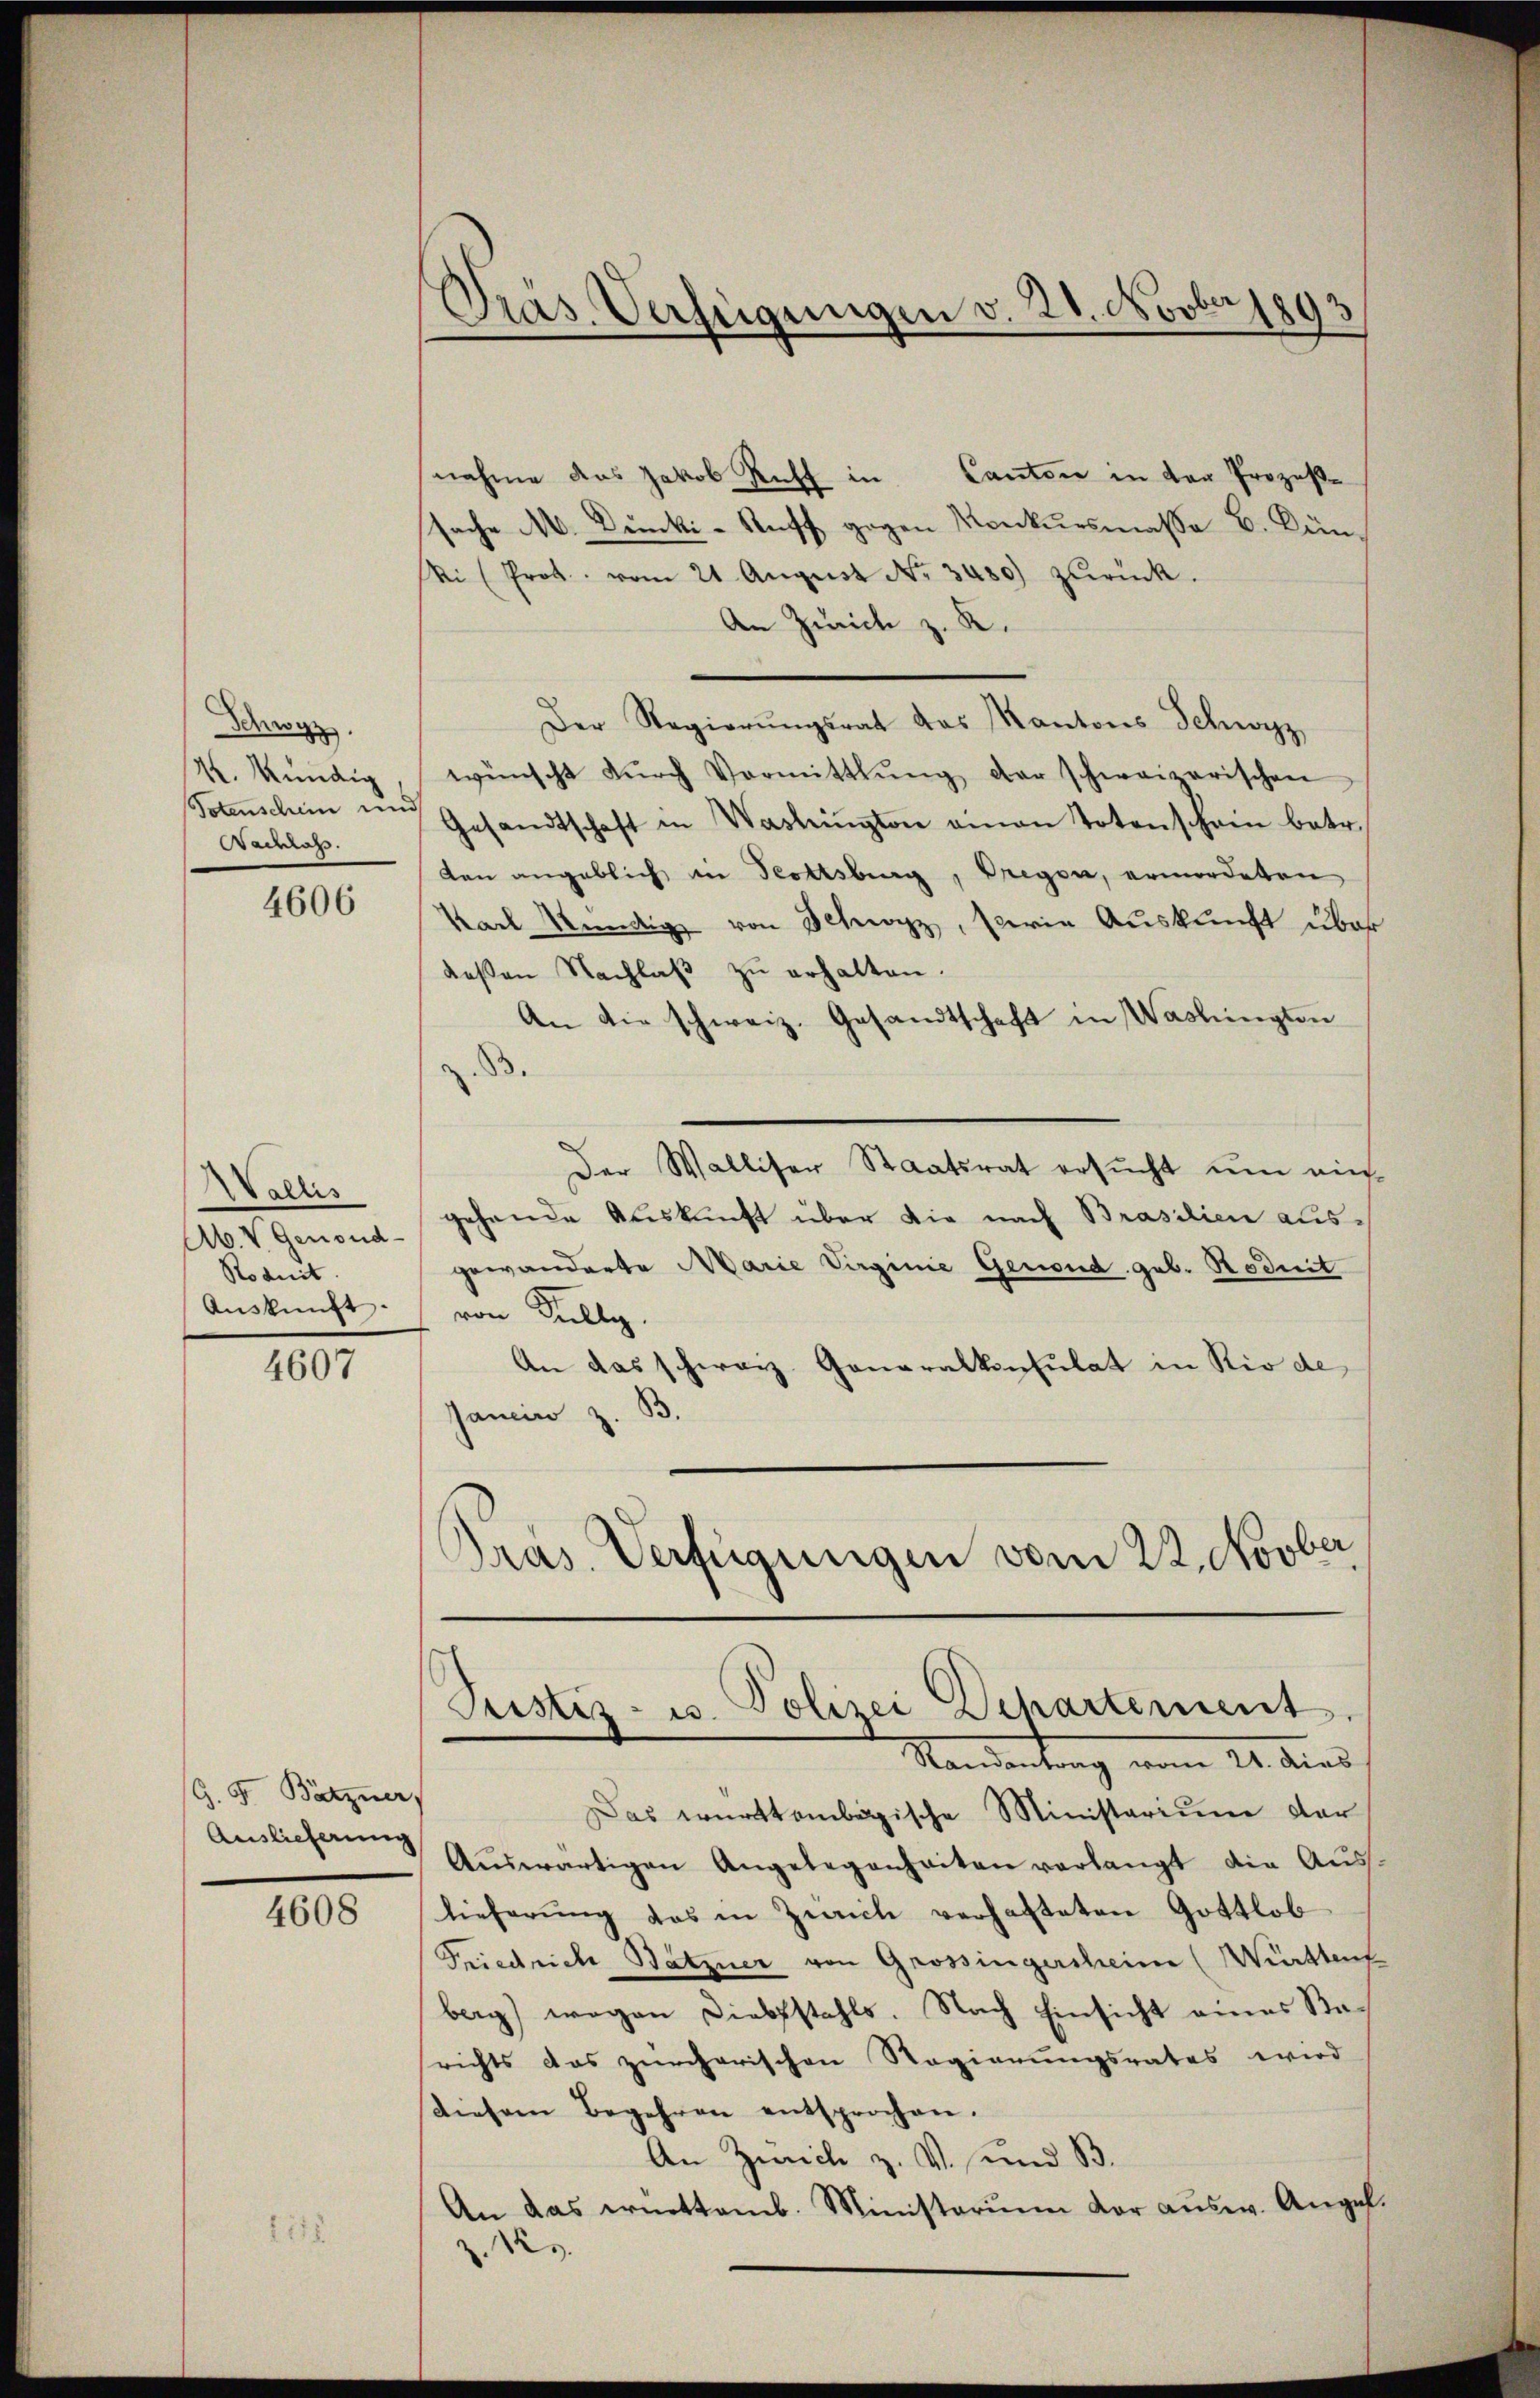
Schw
M. Kündig
Totenschein en
Nachrofs.

4606

Wallis
Ab. V. Genoud¬
Rodnit.
Auskunft

4607

G. 5. Batzner

4608

Präs. Verfügungen v. 21. Novber 1893

Justiz- u. Polizei Departement.
Standentrag vom 24. dies

nahme das Jakob Riff in Cantone in der Prozeßsache M. Dünki-Ruff gegen Konkursmasse B. Bün¬
Ni (Prot. vom 21. August No. 3480) zŭrück.
An Zürich z. R.
Der Regierŭngsrat des Kantons Schwyz,
wünscht dŭrch Vormittlung der schweizerischen
Gesandtschaft in Washington einen Totenschein betr.
den angeblich in Trottsburg, Bregen, ermordeten
Karl Kündig von Schwyz, sie Auskunft über
deßen Nachlaβ zŭ erhalten.
An die schweiz. Gesandtschaft in Washingten
Der Walliser Staatsrat ersucht um eingehende Auskunft über die nach Brasilien aus-
gewänderte Marie Virginie Genoud geb. Hoduit
von Fully.
An das schweiz. Generalkonsulat in Rio de
Gancir z. B
Pras. Verfügungen vom 22. Novber

Das württembergische Ministarium der
Auslicherŭng Aŭswärtigen Angelegenheiten verlangt die Auss.
lieferung das in Zürich verhafteten Gottlob
Friedriche Batzner von Grossingersheim (Würstenf
berg) wegen Diebstahls. Nach Einsicht eines Sarichts das zürcherischen Regierungsrates wird
Diesem Begehren entsprochen.
An Zürich z. V. und B
An das württemb. Ministerium vor aŭsw. Angel.
Z. 123.